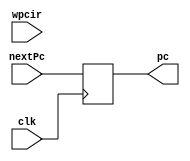
`timescale 1ns / 1ps
//////////////////////////////////////////////////////////////////////////////////
// Company: 
// Engineer: 
// 
// Design Name: 
// Module Name: Lab5
// Project Name: 
// Target Devices: 
// Tool Versions: 
// Description: 
// 
// Dependencies: 
// 
// Revision:
// Revision 0.01 - File Created
// Additional Comments:
// Grant Allen
//////////////////////////////////////////////////////////////////////////////////


module ProgramCounter(nextPc, clk,wpcir, pc);
    input [31:0] nextPc;
    input clk;
    input wpcir;
    output reg [31:0] pc;
    
    initial
    begin
        pc = 32'd100;
    end
    
    always @(posedge clk)
    begin
    if (1)
        begin
            pc <= nextPc;
        end
    end
    
endmodule
/////////////////////////////////////////////////////////////////////////////////
module InstructionMemory(pc, instOut);
    input [31:0] pc;
    output reg [31:0] instOut;
    reg [31:0] memory [0:31];
    
    initial
    begin
        memory[25] = {6'b000000, 5'b00001, 5'b00010, 5'b00011, 5'b00000, 6'b100000};
        memory[26] = {6'b000000, 5'b01001, 5'b00011, 5'b00100, 5'b00000, 6'b100010};
        memory[27] = {6'b000000, 5'b00011, 5'b01001, 5'b00101, 5'b00000, 6'b100101};
        memory[28] = {6'b000000, 5'b00011, 5'b01001, 5'b00110, 5'b00000, 6'b100110};
        memory[29] = {6'b000000, 5'b00011, 5'b01001, 5'b00111, 5'b00000, 6'b100100};
    end
    
    always @(*)
    begin
        instOut = memory[pc[7:2]];
    end
endmodule
/////////////////////////////////////////////////////////////////////////////////  
module PcAdder(pc, nextPc);
    input [31:0] pc;
    output reg [31:0] nextPc;
    
    always @(*)
    begin
        nextPc = pc + 32'h4;
    end
endmodule
/////////////////////////////////////////////////////////////////////////////////
module ifidPipelineRegister(instOut, clk, dinstOut);
    input [31:0] instOut;
    input clk;
    output reg [31:0] dinstOut;
    
    
    always @ (posedge clk)
    begin
        dinstOut <= instOut;
    end
endmodule

/////////////////////////////////////////////////////////////////////////////////
module ControlUnit(op, func, rs, rt, mdestReg, mm2reg, mwreg, edestReg, em2reg, ewreg, wreg, m2reg, wmem, aluc, aluimm, regrt, fwda, fwdb, wpcir);
    input [5:0] op; // bits 31:26 of dinstOut
    input [5:0] func; // bits 5:0 of dinstOut
    input [4:0] rs;   // bits 25:21 pf dinstOut
    input [4:0] rt;   // bits 20:16 of dinstOut
    input [4:0] mdestReg;
    input mm2reg;
    input mwreg;
    input [4:0] edestReg;
    input em2reg;
    input ewreg;
    output reg wreg;
    output reg m2reg;
    output reg wmem;
    output reg [3:0] aluc;
    output reg aluimm;
    output reg regrt;
    output reg [1:0] fwda;
    output reg [1:0] fwdb;
    output reg wpcir;
    
    always @(*) 
    
    begin
        wpcir = 1;
        fwda = 2'b00;
        fwdb = 2'b00;
        
        // forward from mem/wb
        if((mwreg == 1'b1) & (mdestReg == rs)) 
        begin
            fwda = 2'b10;
        end
        if((mwreg == 1'b1) & (mdestReg == rt)) 
        begin
            fwdb = 2'b10;
        end
        
        
        // forward from ex/mem
        if((ewreg == 1'b1) & (edestReg == rs)) 
        begin
            fwda = 2'b01;
        end
        if((ewreg == 1'b1) & (edestReg == rt)) 
        begin
            fwdb = 2'b01;
        end
        case (op)
            6'b000000:
            begin
                case (func)
                // add
                    6'b100000:
                    begin
                        wreg <= 1'b1;
                        m2reg <= 1'b0;
                        wmem <= 1'b0;
                        aluc <= 4'b0010;
                        aluimm <= 1'b0;
                        regrt <= 1'b0;
                    end
                // sub
                    6'b100010:
                    begin
                        wreg <= 1'b1;
                        m2reg <= 1'b0;
                        wmem <= 1'b0;
                        aluc <= 4'b0110;
                        aluimm <= 1'b0;
                        regrt <= 1'b0; 
                    end  
                // and
                    6'b100100:
                    begin
                        wreg <= 1'b1;
                        m2reg <= 1'b0;
                        wmem <= 1'b0;
                        aluc <= 4'b0000;
                        aluimm <= 1'b0;
                        regrt <= 1'b0; 
                    end
                // or
                    6'b100101:
                    begin
                        wreg <= 1'b1;
                        m2reg <= 1'b0;
                        wmem <= 1'b0;
                        aluc <= 4'b0001;
                        aluimm <= 1'b0;
                        regrt <= 1'b0; 
                    end  
                // xor
                    6'b100110:
                    begin
                        wreg <= 1'b1;
                        m2reg <= 1'b0;
                        wmem <= 1'b0;
                        aluc <= 4'b1111;
                        aluimm <= 1'b0;
                        regrt <= 1'b0; 
                    end                               
                endcase
            end
            // lw
            6'b100011:
            begin
                wreg <= 1'b1;
                m2reg <= 1'b1;
                wmem <= 1'b0;
                aluc <= 4'b0010;
                aluimm <= 1'b1;
                regrt <= 1'b1;
            end
                     
        endcase
     end    
endmodule
///////////////////////////////////////////////////////////////////////////////////////////////////////////////////////////////////
module fwdAMux(fwda, qa, r, mr, mdo, da);
    input [1:0] fwda;
    input [31:0] qa;
    input [31:0] r;
    input [31:0] mr;
    input [31:0] mdo;
    output reg [31:0] da;
    
    always @ (*)
    begin
        case(fwda)
            2'b00:
                begin
                    da = qa;
                end
            2'b01:
                begin
                    da = r;
                end
            2'b10:
                begin
                    da = mr;
                end
            2'b11:
                begin
                    da = mdo;
                end
         endcase
    end

endmodule

/////////////////////////////////////////////////////////////////////////////////
module fwdBMux(fwdb, qb, r, mr, mdo, db);
    input [1:0] fwdb;
    input [31:0] qb;
    input [31:0] r;
    input [31:0] mr;
    input [31:0] mdo;
    output reg [31:0] db;
    
    always @(*) 
    begin
        case(fwdb)
            2'b00:
                begin
                    db = qb;
                end
            2'b01:
                begin
                    db = r;
                end
            2'b10:
                begin
                    db = mr;
                end
            2'b11:
                begin
                    db = mdo;
                end
         endcase
    end

endmodule
/////////////////////////////////////////////////////////////////////////////////
module RegrtMultiplexer(rt, rd, regrt, destReg);
    input [4:0] rt; // bits 20:16 of dinstOut
    input [4:0] rd; // bits 15:11 of dinstOut
    input regrt;
    output reg [4:0] destReg;
    
    always @(*) 
    begin
        case(regrt)
            1'b0:
                begin
                   destReg = rd; 
                end
            1'b1:
                begin
                    destReg = rt;
                end
        endcase
    end
endmodule
/////////////////////////////////////////////////////////////////////////////////  
module RegisterFile(rs,rt,qa,qb,wdestReg,wbData,wwreg,clk);
    input [4:0] rs;
    input [4:0] rt; 
    input [4:0] wdestReg;
    input [31:0] wbData;
    input wwreg;
    input clk;
    output reg [31:0] qa;
    output reg [31:0] qb;
    
    reg [31:0] registers [0:31];
    
    integer i;
    initial
    begin
        for (i = 0; i <= 31; i = i + 1) 
        begin
            registers[i] = 0;
        end 
        registers[0] = 32'h00000000;
        registers[1] = 32'hA00000AA;
        registers[2] = 32'h10000011;
        registers[3] = 32'h20000022;
        registers[4] = 32'h30000033;
        registers[5] = 32'h40000044;
        registers[6] = 32'h50000055;
        registers[7] = 32'h60000066;
        registers[8] = 32'h70000077;
        registers[9] = 32'h80000088;
        registers[10] = 32'h90000099;
        
        
    end
    
    always @(*) 
    begin
        qa = registers[rs];
        qb = registers[rt];
    end
    
    always @(negedge clk)
    begin
        if (wwreg == 1)
        begin
            registers[wdestReg] <= wbData;
        end
    end
    
endmodule
/////////////////////////////////////////////////////////////////////////////////
module ImmExtender(imm, imm32);
    input [15:0] imm; // 15:0 from dinstOut
    output reg [31:0] imm32;
    
    always @(*)
    begin
        imm32[31:0] = {{16{imm[15]}},{imm[15:0]}};
    end
endmodule
/////////////////////////////////////////////////////////////////////////////////
module IDEXEPipelineRegister(wreg, m2reg, wmem, aluc, aluimm, destReg, da, db, imm32, clk,
    ewreg, em2reg, ewmem, ealuc, ealuimm, edestReg, eqa, eqb, eimm32);
    
    input wreg;
    input m2reg;
    input wmem;
    input [3:0] aluc;
    input aluimm;
    input [4:0] destReg;
    input [31:0] da;
    input [31:0] db;
    input [31:0] imm32;
    input clk;
    
    output reg ewreg;
    output reg em2reg;
    output reg ewmem;
    output reg [3:0] ealuc;
    output reg ealuimm;
    output reg [4:0] edestReg;
    output reg [31:0] eqa;
    output reg [31:0] eqb;
    output reg [31:0] eimm32;
    
    always @ (posedge clk)
    begin
        ewreg <= wreg;
        em2reg <= m2reg;
        ewmem <= wmem;
        ealuc <= aluc;
        ealuimm <= aluimm;
        edestReg <= destReg;
        eqa <= da;
        eqb <= db;
        eimm32 <= imm32;
    end
endmodule
////////////////////////////////////////////////////////////////////////////////////////////////////
module ALUMux(eqb, eimm32, ealuimm, b);
    input [31:0] eqb;
    input [31:0] eimm32;
    input ealuimm;
    output reg [31:0] b;
    
    always @(*)
    begin
        if (ealuimm == 0)
        begin
            b = eqb;
        end
        else
        begin
            b = eimm32;
        end
    end
endmodule
/////////////////////////////////////////////////////////////////////////////////
module ALU(eqa, b, ealuc, r);
    input [31:0] eqa;
    input [31:0] b;
    input [3:0] ealuc;
    output reg [31:0] r;
    
    always @(*)
    begin
        case(ealuc)
            4'b0010:
            begin
                r = eqa + b;
            end
            4'b0110:
            begin
                r = eqa - b;
            end
            4'b0000:
            begin
                r = eqa & b;
            end
            4'b0001:
            begin
                r = eqa | b;
            end
            4'b1111:
            begin
                r = eqa ^ b;
            end
        endcase
    end
endmodule
/////////////////////////////////////////////////////////////////////////////////
module EXEMEMPipelineRegister(ewreg, em2reg, ewmem, edestReg, r, eqb, 
        clk, mwreg, mm2reg, mwmem, mdestReg, mr, mqb);
        input ewreg;
        input em2reg;
        input ewmem;
        input [4:0] edestReg;
        input [31:0] r;
        input [31:0] eqb;
        input clk;
        output reg mwreg;
        output reg mm2reg;
        output reg mwmem;
        output reg [4:0] mdestReg;
        output reg [31:0] mr;
        output reg [31:0] mqb;
        
        
        always @(posedge clk)
        begin
            mwreg <= ewreg;
            mm2reg <= em2reg;
            mwmem <= ewmem;
            mdestReg <= edestReg;
            mr <= r;
            mqb <= eqb;
        end    
endmodule
/////////////////////////////////////////////////////////////////////////////////
module DataMemory(mr, mqb, mwmem, clk, mdo);
    input [31:0] mr;
    input [31:0] mqb;
    input mwmem;
    input clk;
    output reg [31:0] mdo;
    
    reg [31:0] dataMemory [0:31];
    
    initial
    begin
        dataMemory[0] = 32'hA00000AA;
        dataMemory[1] = 32'h10000011;
        dataMemory[2] = 32'h20000022;
        dataMemory[3] = 32'h30000033;
        dataMemory[4] = 32'h40000044;
        dataMemory[5] = 32'h50000055;
        dataMemory[6] = 32'h60000066;
        dataMemory[7] = 32'h70000077;
        dataMemory[8] = 32'h80000088;
        dataMemory[9] = 32'h90000099;
    end
    
    always @(*)
    begin
        mdo = dataMemory[mr>>2];
    end
    
    always @ (negedge clk)
    begin
        if (mwmem == 1)
        begin
            dataMemory[mr>>2] <= mqb;
        end
    end
endmodule
/////////////////////////////////////////////////////////////////////////////////
module MEMWBPipelineRegister(mwreg, mm2reg, mdestReg, mr, mdo, clk,
    wwreg, wm2reg, wdestReg, wr, wdo);
    
    input mwreg;
    input mm2reg;
    input [4:0] mdestReg;
    input [31:0] mr;
    input [31:0] mdo;
    input clk;
    output reg wwreg;
    output reg wm2reg;
    output reg [4:0] wdestReg;
    output reg [31:0] wr;
    output reg [31:0] wdo;
    
    always @ (posedge clk)
    begin
        wwreg <= mwreg;
        wm2reg <= mm2reg;
        wdestReg <= mdestReg;
        wr <= mr;
        wdo <= mdo;
    end
endmodule
/////////////////////////////////////////////////////////////////////////////////
module WBMux(wr, wdo, wm2reg, wbData);

    input [31:0] wr;
    input [31:0] wdo;
    input wm2reg;
    output reg [31:0] wbData;
    
    always @(*)
    begin
        case(wm2reg)
            1'b0:
            begin
                wbData <= wr;
            end
        
            1'b1:
            begin
                wbData <= wdo;
            end
        endcase
    end

endmodule
/////////////////////////////////////////////////////////////////////////////////
module DataPath(clk, pc, dinstOut, ewreg, em2reg, ewmem, ealuc, ealuimm, edestReg, eqa, eqb, eimm32,
                mwreg, mm2reg, mwmem, mdestReg, mr, mqb, mdo, wwreg, wm2reg, wdestReg, wr, wdo, qa, qb);
    input clk;
    
    // outputs for IDEXE pipeline
    output wire [31:0] pc;
    output wire [31:0] dinstOut;
    output wire ewreg;
    output wire em2reg;
    output wire ewmem;
    output wire [3:0] ealuc;
    output wire ealuimm;
    output wire [4:0] edestReg;
    output wire [31:0] eqa;
    output wire [31:0] eqb;
    output wire [31:0] eimm32;
    
    // b and r
    wire [31:0] b;
    wire [31:0] r;
    
    // outputs for EXEMEM pipeline
    output wire mwreg;
    output wire mm2reg;
    output wire mwmem;
    output wire[4:0] mdestReg;
    output wire[31:0] mr;
    output wire[31:0] mqb;
    
    // outputs for MEMWB pipeline
    output wire[31:0] mdo;
    output wire wwreg;
    output wire wm2reg;
    output wire[4:0] wdestReg;
    output wire[31:0] wr;
    output wire[31:0] wdo;
    
    // other wires
    wire[31:0] nextPc;
    wire[31:0] instOut;
    wire wreg;
    wire m2reg;
    wire wmem;
    wire[3:0] aluc;
    wire aluimm;
    wire regrt;
    wire[4:0] destReg;
    output wire[31:0] qa;
    output wire[31:0] qb;
    wire[31:0] imm32;
    wire[31:0] wbData;
    wire wpcir;
    wire [31:0] da;
    wire [31:0] db;
    wire [1:0] fwda;
    wire [1:0] fwdb;
    
    ProgramCounter programCounter(nextPc, clk, wpcir, pc);
    InstructionMemory instructionMemory(pc, instOut);
    PcAdder pcAdder(pc, nextPc);
    ifidPipelineRegister ifid(instOut, clk, dinstOut);
    ControlUnit controlUnit(dinstOut[31:26], dinstOut[5:0], dinstOut[25:21], dinstOut[20:16], mdestReg, mm2reg, mwreg, edestReg, em2reg, ewreg, wreg, m2reg, wmem, aluc, aluimm, regrt, fwda, fwdb);
    fwdAMux FA(fwda, qa, r, mr, mdo, da);
    fwdBMux FB(fwdb, qb, r, mr, mdo, db);
    RegrtMultiplexer regRTMux(dinstOut[20:16], dinstOut[15:11], regrt, destReg);
    RegisterFile registerFile(dinstOut[25:21],dinstOut[20:16],qa,qb,wdestReg,wbData,wwreg,clk);
    ImmExtender immExtender(dinstOut[15:0], imm32);
    IDEXEPipelineRegister IDEXE(wreg, m2reg, wmem, aluc, aluimm, destReg, da, db, imm32, clk,
        ewreg, em2reg, ewmem, ealuc, ealuimm, edestReg, eqa, eqb, eimm32);   
    ALUMux alumux(eqb, eimm32, ealuimm, b);
    ALU alu(eqa, b, ealuc, r);
    EXEMEMPipelineRegister exemem(ewreg, em2reg, ewmem, edestReg, r, eqb, 
        clk, mwreg, mm2reg, mwmem, mdestReg, mr, mqb);
    DataMemory dataMemory(mr, mqb, mwmem, clk, mdo);
    MEMWBPipelineRegister memwb(mwreg, mm2reg, mdestReg, mr, mdo, clk,
        wwreg, wm2reg, wdestReg, wr, wdo);
    WBMux wbmux(wr, wdo, wm2reg, wbData);
    
endmodule